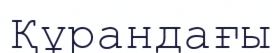
Құрандағы